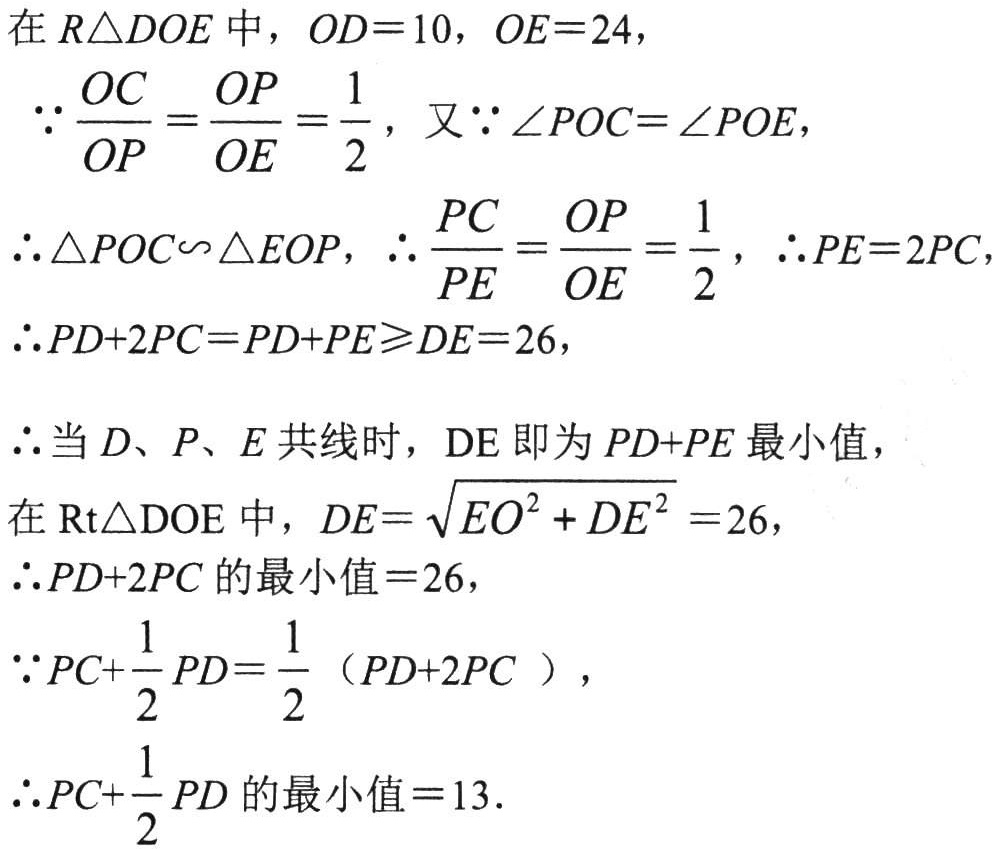
在\(R\triangle DOE\)中，\(OD = 10\)，\(OE = 24\)，
\(\because\frac{OC}{OP}=\frac{OP}{OE}=\frac{1}{2}\)，又\(\because\angle POC=\angle POE\)，
\(\therefore\triangle POC\backsim\triangle EOP\)，\(\therefore\frac{PC}{PE}=\frac{OP}{OE}=\frac{1}{2}\)，\(\therefore PE = 2PC\)，
\(\therefore PD + 2PC=PD + PE\geqslant DE = 26\)，
\(\therefore\)当\(D\)、\(P\)、\(E\)共线时，\(DE\)即为\(PD + PE\)最小值，
在\(\text{Rt}\triangle DOE\)中，\(DE=\sqrt{EO^{2}+DE^{2}} = 26\)，
\(\therefore PD + 2PC\)的最小值\( = 26\)，
\(\because PC+\frac{1}{2}PD=\frac{1}{2}(PD + 2PC)\)，
\(\therefore PC+\frac{1}{2}PD\)的最小值\( = 13\)．